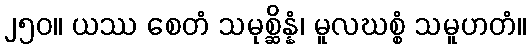
၂၅၀။ ယဿ စေတံ သမုစ္ဆိန္နံ၊ မူလဃစ္စံ သမူဟတံ။